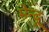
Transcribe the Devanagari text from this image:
मेन्दू